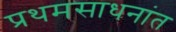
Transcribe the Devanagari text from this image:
प्रथमसाधनांत